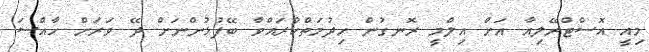
މިއީ އޮސްޓްރޭލިއާ އަށް އިލްމީ ރޮނގުން ހިދުމަތްކުރައްވާ ބޭފުޅުންނަށް ދޭ ވަރަށް ހާއްސަ